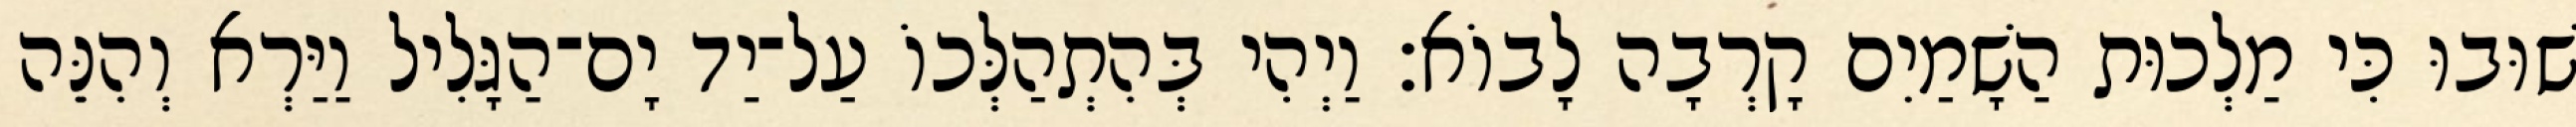
שׁוּבוּ כִּי מַלְכוּת הַשָׁמַיִם קָרְבָה לָבוֹא׃ וַיְהִי בְּהִתְהַלְּכוֹ עַל־יַד יָם־הַגָּלִיל וַיַּרְא וְהִנֵּה